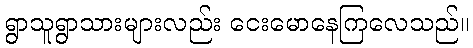
ရွာသူရွာသားများလည်း ငေးမောနေကြလေသည်။